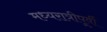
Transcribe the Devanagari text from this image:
मध्यरात्रीपूर्वी